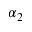
\alpha _ { 2 }